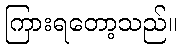
ကြားရတော့သည်။